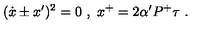
( \dot { x } \pm x ^ { \prime } ) ^ { 2 } = 0 \ , \ x ^ { + } = 2 \alpha ^ { \prime } P ^ { + } \tau \ .